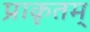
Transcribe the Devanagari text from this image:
प्राकृतम्